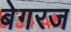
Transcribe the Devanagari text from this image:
बेगरज